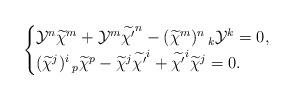
LaTeX: \begin{align*}\begin{cases}\mathcal{Y}^{n}\widetilde{\chi}^{m}+\mathcal{Y}^{m}\widetilde{\chi'}^{n}-(\widetilde{\chi}^{m})^{n}\,_{k}\mathcal{Y}^{k}=0,\cr(\widetilde{\chi}^{j})^{i}\,_{p}\widetilde{\chi}^{p}-\widetilde{\chi}^{j}\widetilde{\chi'}^{i}+\widetilde{\chi'}^{i}\widetilde{\chi}^{j}=0.\end{cases}\end{align*}